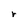
Character: r